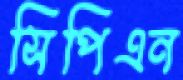
সিপিএন